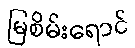
မြစိမ်းရောင်